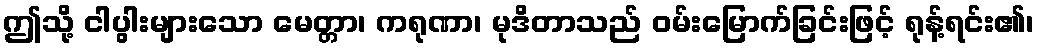
ဤသို့ ငါပွါးများသော မေတ္တာ၊ ကရုဏာ၊ မုဒိတာသည် ဝမ်းမြောက်ခြင်းဖြင့် ရုန့်ရင်း၏၊